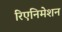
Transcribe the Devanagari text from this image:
रिएनिमेशन